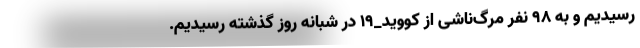
رسیدیم و به ۹۸ نفر مرگ‌ناشی از کووید_۱۹ در شبانه روز گذشته رسیدیم.